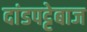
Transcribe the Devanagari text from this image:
दांडपट्टेबाज